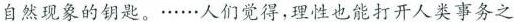
自然现象的钥匙。……人们觉得，理性也能打开人类事务之